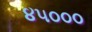
૪૫૦૦૦